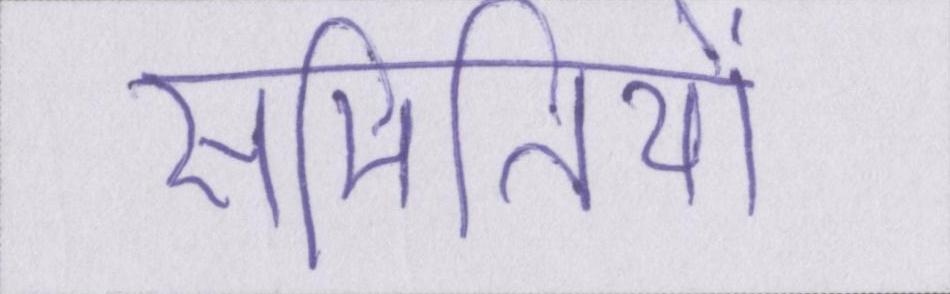
समितियों